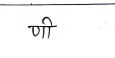
मजकूर: णी